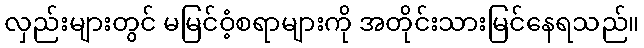
လှည်းများတွင် မမြင်ဝံ့စရာများကို အတိုင်းသားမြင်နေရသည်။